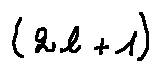
( 2 l + 1 )